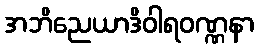
အဘိညေယာဒိဝါရဝဏ္ဏနာ